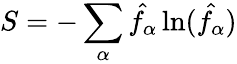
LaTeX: S=-\sum_{\alpha}\hat{f_{\alpha}}\ln(\hat{f_{\alpha}})